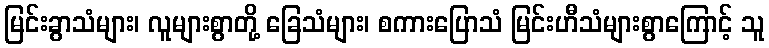
မြင်းခွာသံများ၊ လူများစွာတို့ ခြေသံများ၊ စကားပြောသံ မြင်းဟီသံများစွာကြောင့် သူ